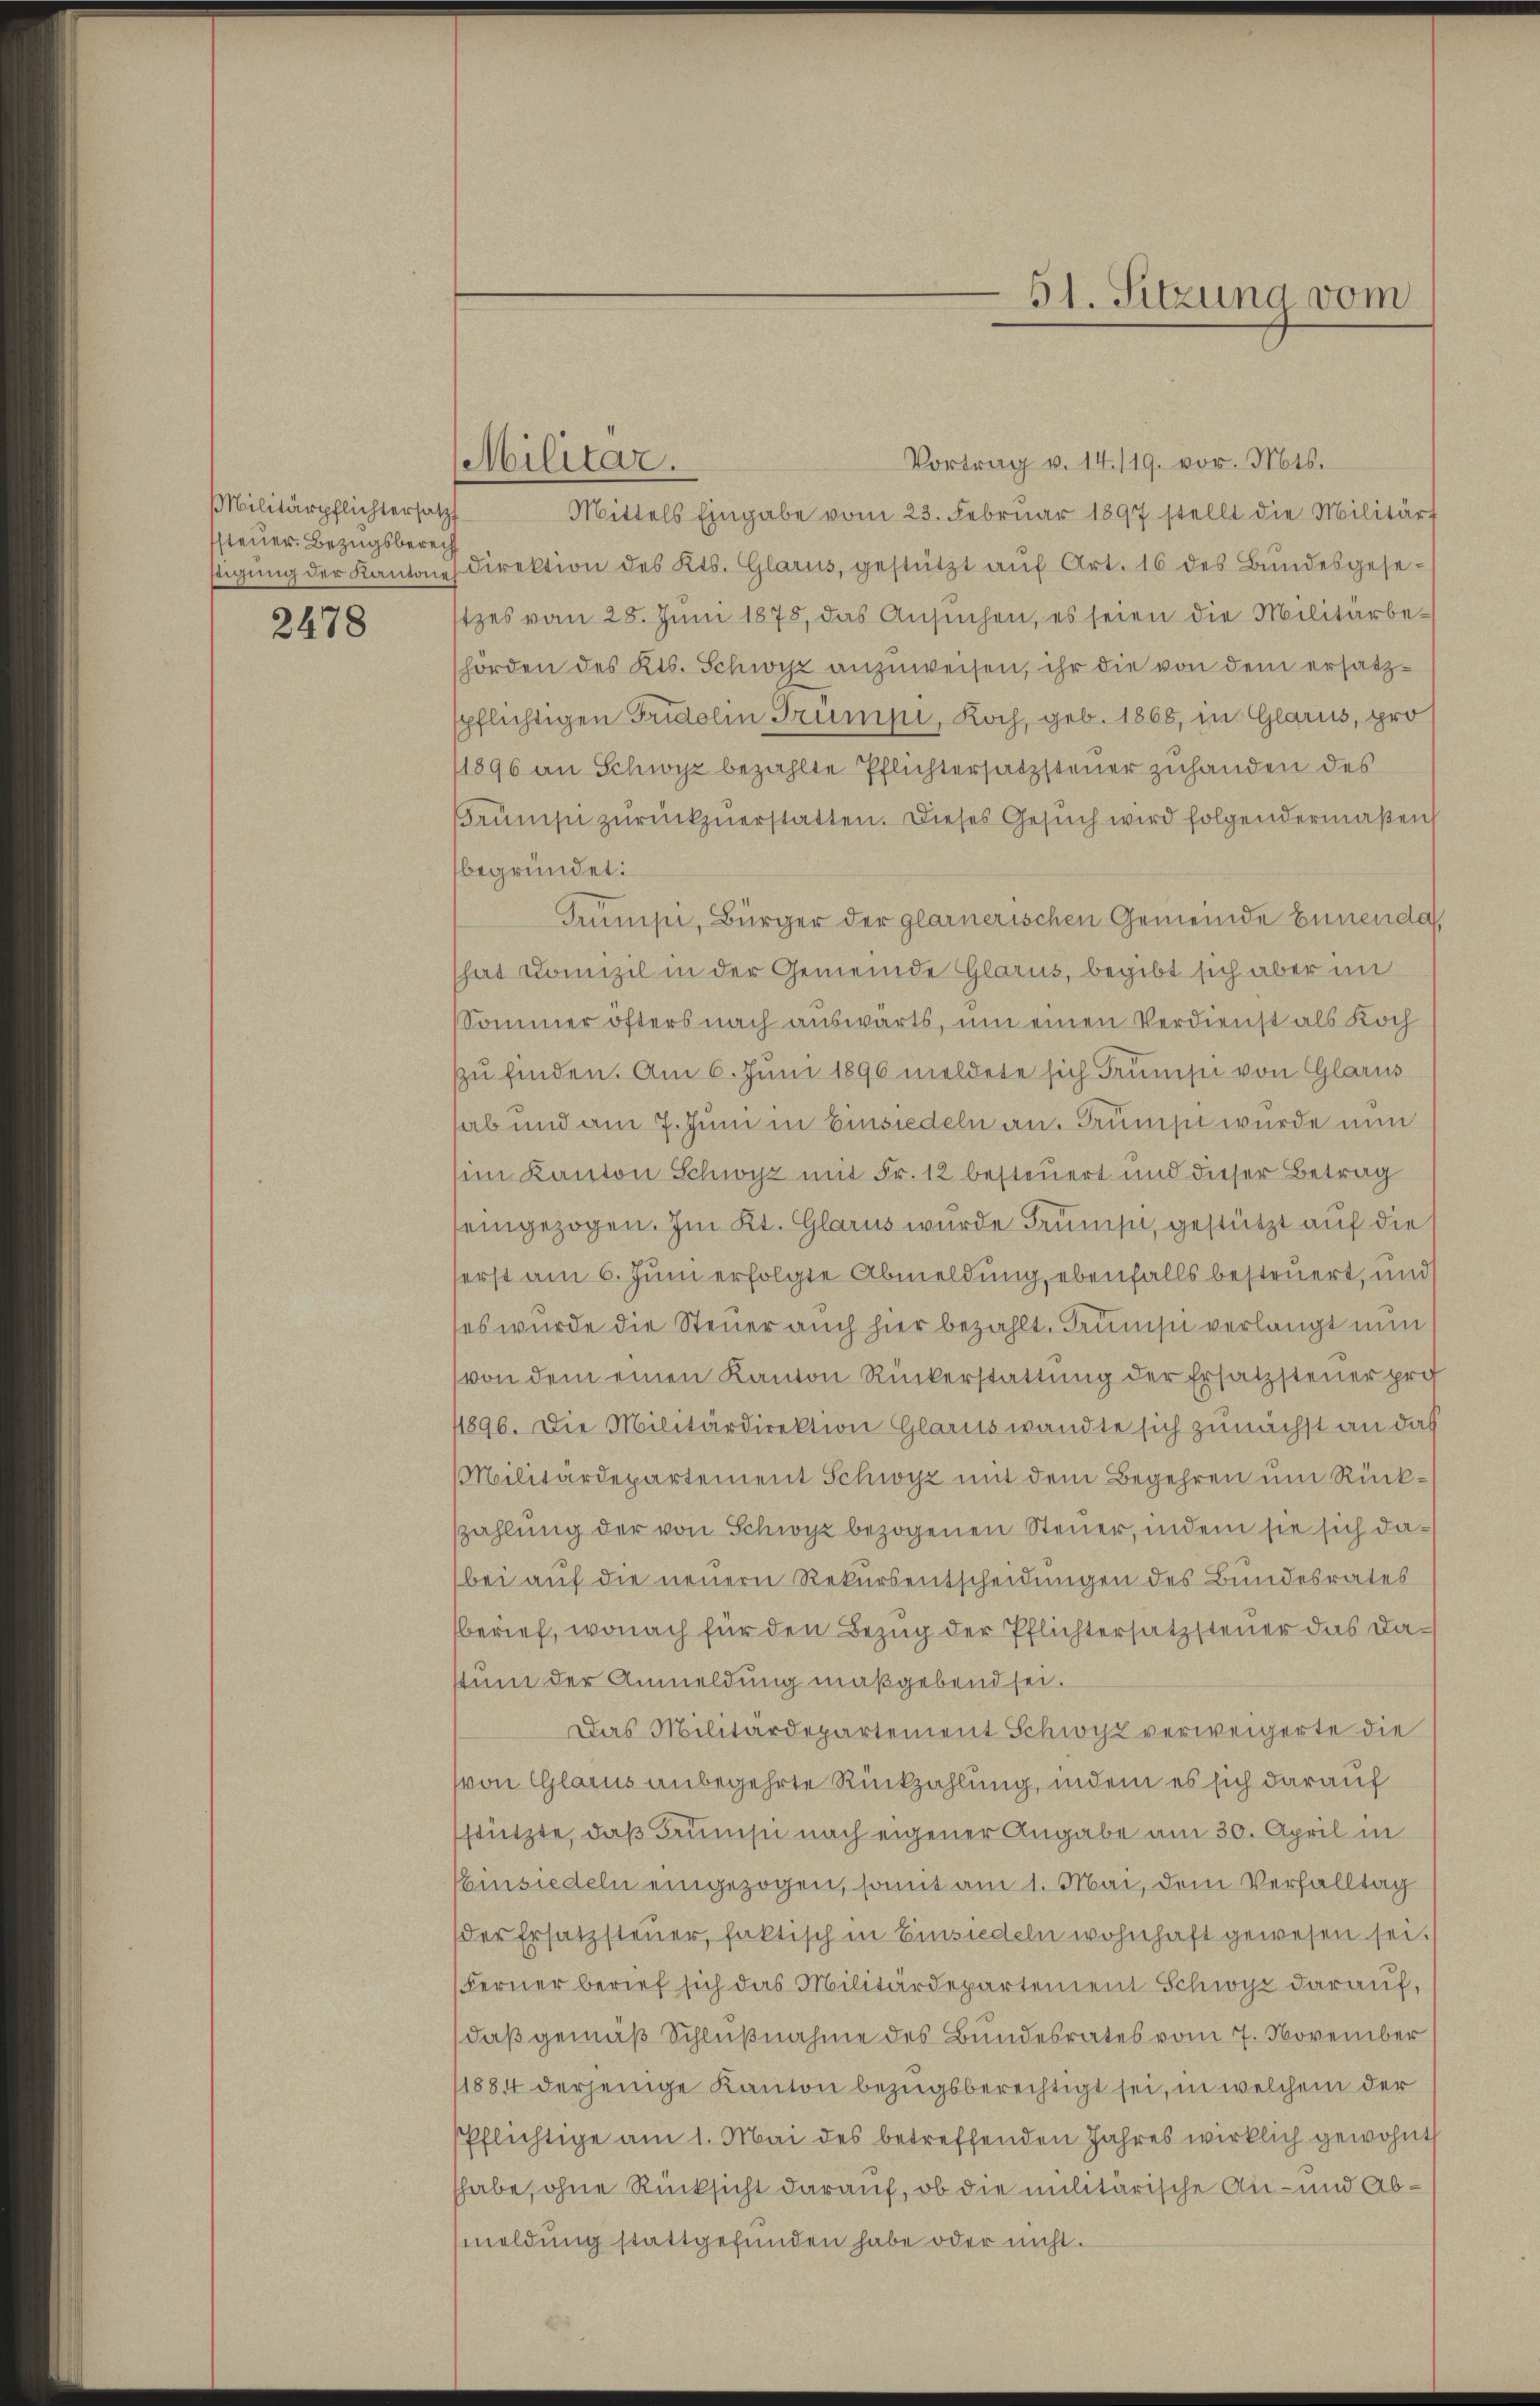
Militärpflichtersatzf
steuer. Bezugsberei
tigung der Kantone
2478

Militär.

51. Sitzung vom

Vortrag v. 14./19. vor. Mts.
Mittels Eingabe vom 23. Februar 1897 stellt die Militär-
direktion des Kts. Glarus, gestützt aŭf Art. 16 des Bundesgesetzes vom 28. Jŭni 1878, das Ansŭchen, es seien die Militärbe-
hörden des Kts. Schwyz anzuweisen, ihr die von dem ersatzpflichtigen Fridolin Trumpi, Koch, geb. 1866, in Glarus, pro
1896 an Schwyz bezahlte Pflichtersatzsteuer zuhanden des
ümsi zurückzuerstatten. Dieses Gesŭch wird folgendermaßen
begründet:
Trumpi, Bürger der glarnerischen Gemeinde Ennenda
hat Comizil in der Gemeinde Glarus, begibt sich aber im
Sommer öfters nach auswärts, um einen Verdienst als Koch
zu finden. Am 6. Juni 1896 meldete sich Trumpii von Glarus
ab und am 7. Juni in Einsiedeln an. Trumpe wurde nun
im Kanton Schwyz mit Fr. 12 besteuert und dieser Betrag
eingezogen. Im Kt. Glarus wurde Bruns, gestützt auf die
erst am 6. Juni erfolgte Abmeldung, ebenfalls besteuert, und
es wurde die Steuer auch hier bezahlt. Kunst verlangt nun
von dem einen Kanton Rückerstattŭng der Ersatzsteuer pro
196. Die Militärdirektion Glarus wandte sich zunächst an das
Militärdepartement Schwyz mit dem Begehren um Rückzahlung der von Schwyz bezogenen Steuer, indem sie sich dabei auf die neuern Rekursentscheidungen des Bundesrates
berief, wonach für den Bezug der Pflichtersatzsteuer das Datum der Anmeldung maßgebend sei.
Das Militärdepartement Schwyz verweigerte die
von Glarus anbegehrte Rückzahlung, indem es sich darauf
stützte, daß Bruns nach eigener Angabe am 30. April in
Einsiedeln eingezogen, somit am 1. Mai, dem Verfalltag
der Ersatzsteuer, faktisch in Einsiedeln wohnhaft gewesen sei.
Ferner berief sich das Militärdepartement Schwyz darauf,
daß gemäß Schlußnahme des Bundesrates vom 7. November
1884 derjenige Kanton bezugsberechtigt sei, in welchem der
Pflichtige am 1. Mai des betreffenden Jahres wirklich gewohnt
habe, ohne Rücksicht darauf, ob die militärische An- und Abmeldŭng stattgefŭnden habe oder nicht.